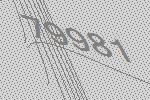
79981